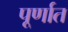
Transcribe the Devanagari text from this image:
पूर्णात